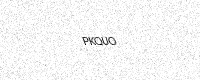
Text: PKQUO